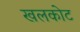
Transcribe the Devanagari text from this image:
खलकोट